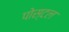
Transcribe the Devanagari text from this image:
पोस्‍टल